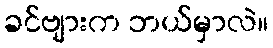
ခင်ဗျားက ဘယ်မှာလဲ။